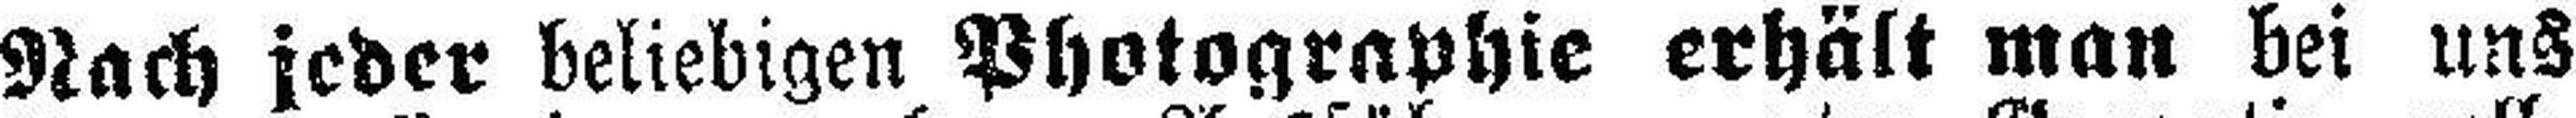
Nach jeder beliebigen Photographie erhält man bei uns